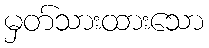
မှတ်သားထားသော